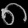
Digit: ၈